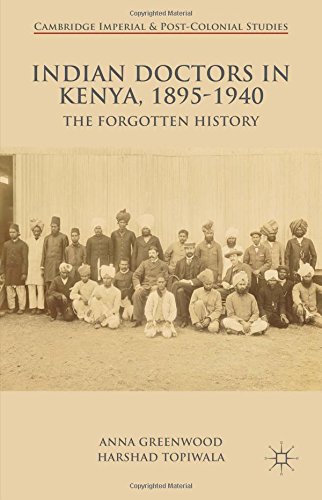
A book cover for Indian Doctors in Kenya, 1895-1940: The Forgotten History (Cambridge Imperial and Post-Colonial Studies Series); Anna Greenwood; History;